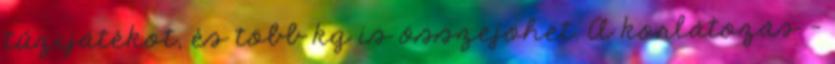
tűzijátékot, és több kg is összejöhet. A korlátozás -